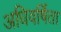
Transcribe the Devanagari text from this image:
अधिवर्षिता